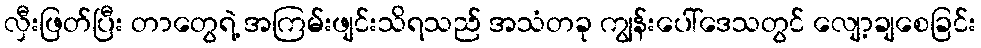
လှီးဖြတ်ပြီး တာတွေရဲ့ အကြမ်းဖျင်းသိရသည် အသံတခု ကျွန်းပေါ်ဒေသတွင် လျော့ချစေခြင်း